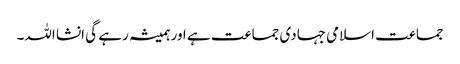
جماعت اسلامی جہادی جماعت ہے اور ہمیشہ رہے گی انشا اللہ۔